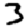
Digit: 3